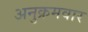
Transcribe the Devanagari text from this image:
अनुक्रमवार